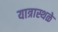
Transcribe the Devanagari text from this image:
यात्रास्थळे